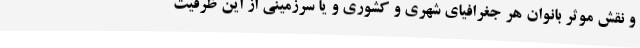
و نقش موثر بانوان هر جغرافیای شهری و کشوری و یا سرزمینی از این ظرفیت